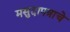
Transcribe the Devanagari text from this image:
मसुदापत्राचे